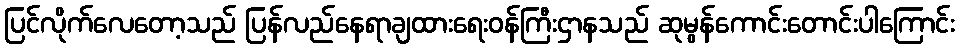
ပြင်လိုက်လေတော့သည် ပြန်လည်နေရာချထားရေးဝန်ကြီးဌာနသည် ဆုမွန်ကောင်းတောင်းပါကြောင်း